Indian journal of veterinary science and animal husbandry - Volume 6,
Year: 1936
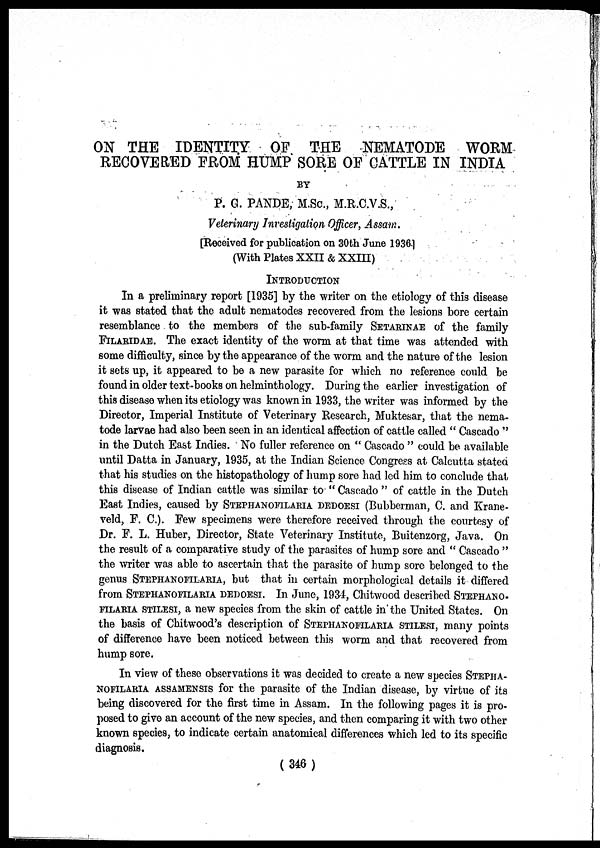
ON THE IDENTITY OF THE NEMATODE WORM
RECOVERED FROM HUMP SORE OF CATTLE IN INDIA
BY
P. G. PANDE, M.Sc., M.R.C.V.S.,
Veterinary Investigation Officer, Assam.
[Received for publication on 30th June 1936.]
(With Plates XXII & XXIII)
INTRODUCTION
In a preliminary report [1935] by the writer on the etiology of this disease
it was stated that the adult nematodes recovered from the lesions bore certain
resemblance to the members of the sub-family SETARINAE of the family
FILARIDAE. The exact identity of the worm at that time was attended with
some difficulty, since by the appearance of the worm and the nature of the lesion
it sets up, it appeared to be a new parasite for which no reference could be
found in older text-books on helminthology. During the earlier investigation of
this disease when its etiology was known in 1933, the writer was informed by the
Director, Imperial Institute of Veterinary Research, Muktesar, that the nema-
tode larvae had also been seen in an identical affection of cattle called " Cascado "
in the Dutch East Indies. No fuller reference on " Cascado " could be available
until Datta in January, 1935, at the Indian Science Congress at Calcutta stated
that his studies on the histopathology of hump sore had led him to conclude that
this disease of Indian cattle was similar to " Cascado " of cattle in the Dutch
East Indies, caused by STEPHANOFILARIA DEDOESI (Bubberman, C. and Krane¬
veld, F. C). Few specimens were therefore received through the courtesy of
Dr. F. L. Huber, Director, State Veterinary Institute, Buitenzorg, Java. On
the result of a comparative study of the parasites of hump sore and " Cascado "
the writer was able to ascertain that the parasite of hump sore belonged to the
genus STEPHANOFILARIA, but that in certain morphological details it differed
from STEPHANOFILARIA DEDOESI. In June, 1934, Chitwood described STEPHANO-
FILARIA STILESI, a new species from the skin of cattle in the United States. On
the basis of Chitwood's description of STEPHANIFILARIA STSLESI, many points
of difference have been noticed between this worm and that recovered from
hump sore.
In view of these observations it was decided to create a new species STEPHA-
--------- ASSAMENSIS for the parasite of the Indian disease, by virtue of its
being discovered for the first time in Assam. In the following pages it is pro-
posed to give an account of the new species, and then comparing it with two other
known species, to indicate certain anatomical differences which led to its specific
diagnosis.
( 346 )